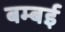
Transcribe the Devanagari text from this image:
बम्‍बई